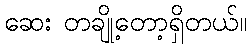
ဆေး တချို့တော့ရှိတယ်။